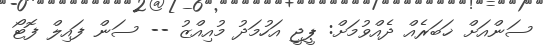
ސަންއަށް ޚަބަރެއް ދެއްވުމަށް: ޕީޖީ އަހުމަދު މުއިއްޒު -- ސަން ފައިލް ފޮޓޯ